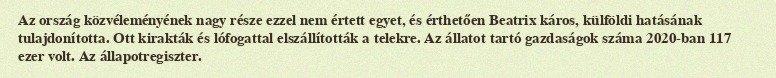
Az ország közvéleményének nagy része ezzel nem értett egyet, és érthetően Beatrix káros, külföldi hatásának tulajdonította. Ott kirakták és lófogattal elszállították a telekre. Az állatot tartó gazdaságok száma 2020-ban 117 ezer volt. Az állapotregiszter.